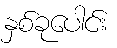
နှစ်ခုပေါင်း